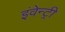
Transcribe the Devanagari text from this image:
इंवेन्ट्री